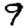
Digit: 9